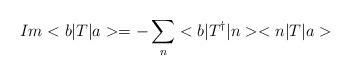
LaTeX: \begin{align*}Im <b|T|a> = - \sum \limits_{n} <b|T^{\dagger}|n> <n|T|a>\end{align*}